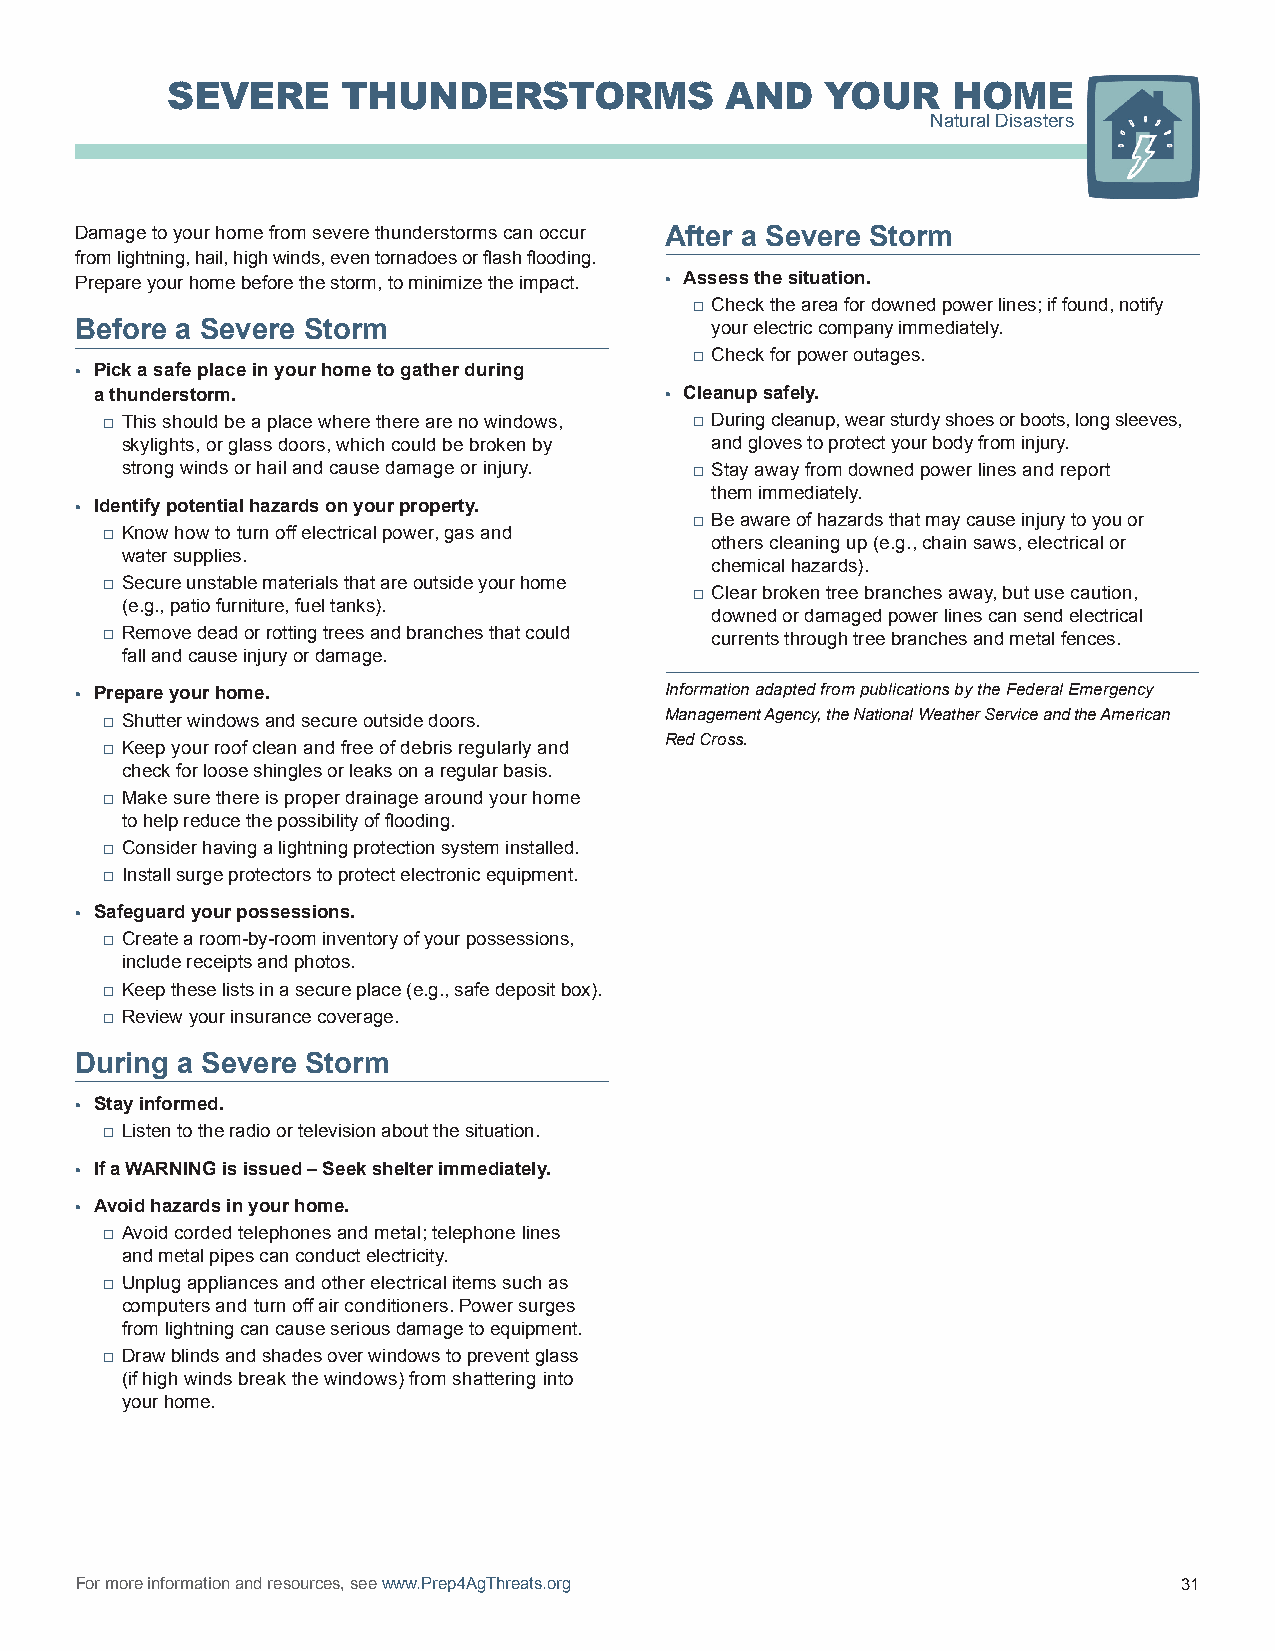
SEVERE      THUNDERSTORMS            AND    YOUR    HOME
 Natural Disasters
 Damage to your home from severe thunderstorms can occur After a Severe Storm
 from lightning, hail, high winds, even tornadoes or flash flooding.
 Prepare your home before the storm, to minimize the impact. • Assess the situation.
 □ Check the area for downed power lines; if found, notify
 Before a Severe Storm                     your electric company immediately.
 □ Check for power outages.
 • Pick a safe place in your home to gather during
 a thunderstorm.                       • Cleanup safely.
 □ This should be a place where there are no windows, □ During cleanup, wear sturdy shoes or boots, long sleeves,
 skylights, or glass doors, which could be broken by and gloves to protect your body from injury.
 strong winds or hail and cause damage or injury. □ Stay away from downed power lines and report
 them immediately.
 • Identify potential hazards on your property.
 □ Be aware of hazards that may cause injury to you or
 □ Know how to turn off electrical power, gas and
 others cleaning up (e.g., chain saws, electrical or
 water supplies.
 chemical hazards).
 □ Secure unstable materials that are outside your home
 □ Clear broken tree branches away, but use caution,
 (e.g., patio furniture, fuel tanks).
 downed or damaged power lines can send electrical
 □ Remove dead or rotting trees and branches that could currents through tree branches and metal fences.
 fall and cause injury or damage.
 • Prepare your home.                   Information adapted from publications by the Federal Emergency
 □ Shutter windows and secure outside doors. Management Agency, the National Weather Service and the American
 Red Cross.
 □ Keep your roof clean and free of debris regularly and
 check for loose shingles or leaks on a regular basis.
 □ Make sure there is proper drainage around your home
 to help reduce the possibility of flooding.
 □ Consider having a lightning protection system installed.
 □ Install surge protectors to protect electronic equipment.
 • Safeguard your possessions.
 □ Create a room-by-room inventory of your possessions,
 include receipts and photos.
 □ Keep these lists in a secure place (e.g., safe deposit box).
 □ Review your insurance coverage.
 During a Severe Storm
 • Stay informed.
 □ Listen to the radio or television about the situation.
 • If a WARNING is issued – Seek shelter immediately.
 • Avoid hazards in your home.
 □ Avoid corded telephones and metal; telephone lines
 and metal pipes can conduct electricity.
 □ Unplug appliances and other electrical items such as
 computers and turn off air conditioners. Power surges
 from lightning can cause serious damage to equipment.
 □ Draw blinds and shades over windows to prevent glass
 (if high winds break the windows) from shattering into
 your home.
 For more information and resources, see www.Prep4AgThreats.org           31